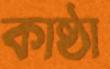
কাষ্ঠা